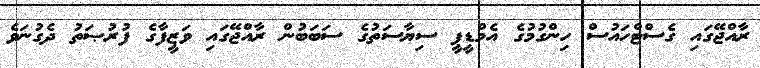
ރާއްޖޭގައި ގެސްޓްހައުސް ހިންގުމުގެ އެމްޑީޕީ ސިޔާސަތުގެ ސަބަބުން ރާއްޖޭގައި ވަޒީފާގެ ފުރުޞަތު ދެގުނަވެ